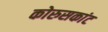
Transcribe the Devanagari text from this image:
कोरुसकांट